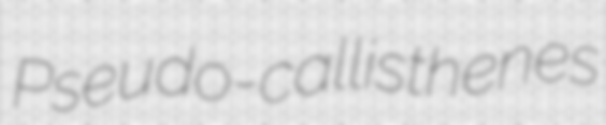
Pseudo-callisthenes